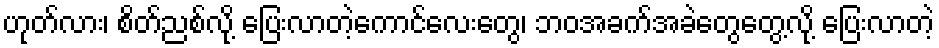
ဟုတ်လား၊ စိတ်ညစ်လို့ ပြေးလာတဲ့ကောင်လေးတွေ၊ ဘဝအခက်အခဲတွေတွေ့လို့ ပြေးလာတဲ့